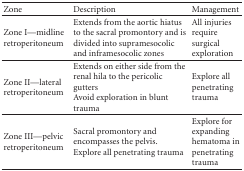
<table><thead><tr><td><b>Zone</b></td><td><b>Description</b></td><td><b>Management</b></td></tr></thead><tbody><tr><td>Zone I—midline retroperitoneum</td><td>Extends from the aortic hiatus to the sacral promontory and is divided into supramesocolic and inframesocolic zones</td><td>All injuries require surgical exploration</td></tr><tr><td>Zone II—lateral retroperitoneum</td><td>Extends on either side from the renal hila to the pericolic guttersAvoid exploration in blunt trauma</td><td>Explore all penetrating trauma</td></tr><tr><td>Zone III—pelvic retroperitoneum</td><td>Sacral promontory and encompasses the pelvisExplore all penetrating trauma</td><td>Explore for expanding hematoma in penetrating trauma</td></tr></tbody></table>